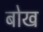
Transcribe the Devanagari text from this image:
बोख